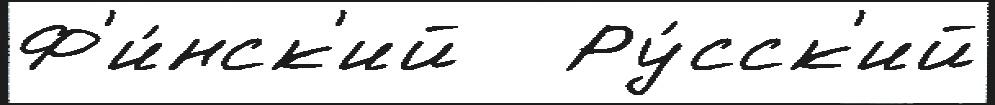
Ф'и́нск'ий   Ру́сск'ий